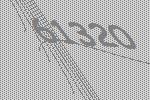
61320